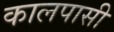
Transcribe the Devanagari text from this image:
कालपासी